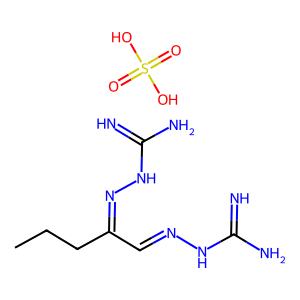
SMILES: CCCC(C=NNC(=N)N)=NNC(=N)N.O=S(=O)(O)O
Inhibits HIV replication: No